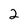
Character: 2